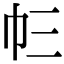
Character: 𢁚